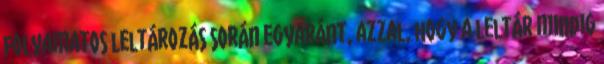
folyamatos leltározás során egyaránt, azzal, hogy a leltár mindig